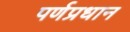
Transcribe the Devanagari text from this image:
पर्णप्रधान